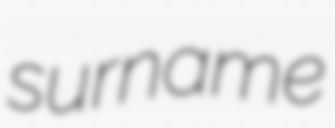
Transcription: surname